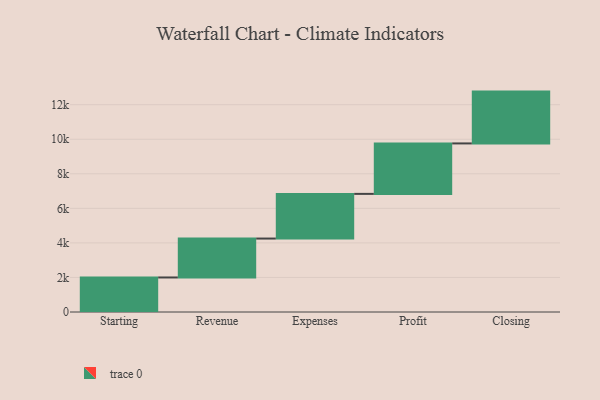
{"axis": {"x": "Step", "y": "Value"}, "legend": [""], "data": [{"x": "Starting", "y": 1999.0, "type": ""}, {"x": "Revenue", "y": 2253.0, "type": ""}, {"x": "Expenses", "y": 2586.0, "type": ""}, {"x": "Profit", "y": 2921.0, "type": ""}, {"x": "Closing", "y": 3000, "type": ""}]}